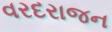
વરદરાજન